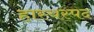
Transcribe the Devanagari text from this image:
हास्यस्पद